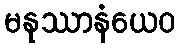
မနုဿာနံယေဝ